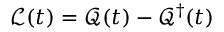
\mathcal { L } ( t ) = \mathcal { Q } ( t ) - \mathcal { Q } ^ { \dag } ( t )